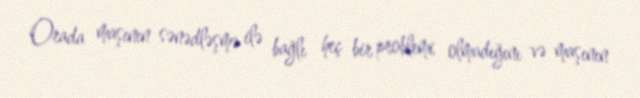
Orada maşının sənədləşmə ilə bağlı heç bir problemi olmadığını və maşının